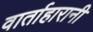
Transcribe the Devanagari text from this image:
वार्ताहारानी